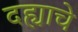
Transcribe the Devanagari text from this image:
दह्याचे